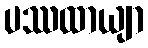
ပဿထာယျာ